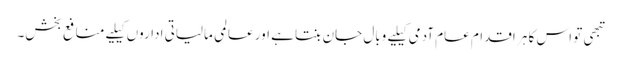
تبھی تو اس کا ہر اقدام عام آدمی کیلیے وبال جان بنتا ہے اور عالمی مالیاتی اداروں کیلیے منافع بخش۔